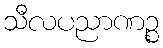
သီလပညာဏဉ္စ